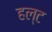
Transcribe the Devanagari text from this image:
हल्ट